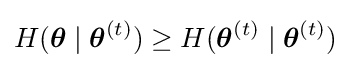
H({\boldsymbol {\theta }}\mid {\boldsymbol {\theta }}^{(t)})\geq H({\boldsymbol {\theta }}^{(t)}\mid {\boldsymbol {\theta }}^{(t)})